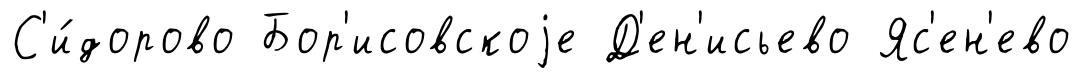
С'и́дорово Бор'исовскоjе Д'ен'исьево Яс'ен'ево